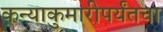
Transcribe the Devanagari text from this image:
कन्याकुमारीपर्यंतचा